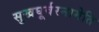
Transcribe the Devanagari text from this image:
सुखघूर्वरनामेति